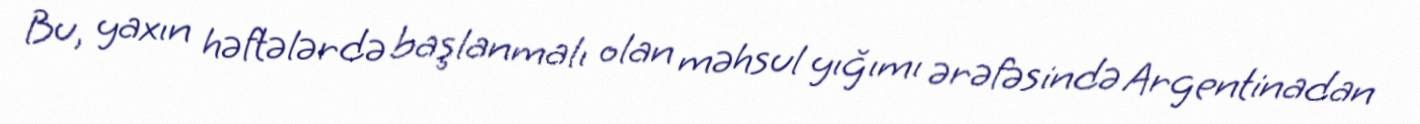
Bu, yaxın həftələrdə başlanmalı olan məhsul yığımı ərəfəsində Argentinadan